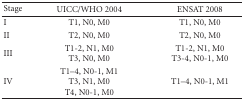
| Stage | UICC/WHO 2004 | ENSAT 2008 |
 | --- | --- | --- |
 | I | T1, N0, M0 | T1, N0, M0 |
 | II | T2, N0, M0 | T2, N0, M0 |
 | III | T1-2, N1, M0T3, N0, M0 | T1-2, N1, M0T3-4, N0-1, M0 |
 | IV | T1–4, N0-1, M1T3, N1, M0T4, N0-1, M0 | T1–4, N0-1, M1 |